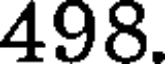
498.